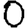
Digit: 0